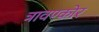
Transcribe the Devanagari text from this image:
त्रावण्कोर